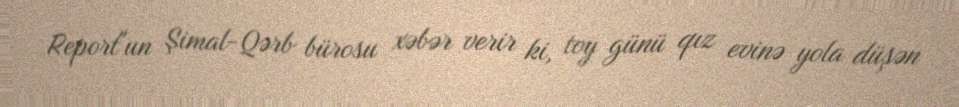
Report"un Şimal-Qərb bürosu xəbər verir ki, toy günü qız evinə yola düşən